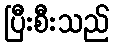
ပြီးစီးသည်